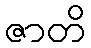
ဇာတိ